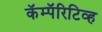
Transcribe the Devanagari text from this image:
कॅम्पॅरिटिव्ह